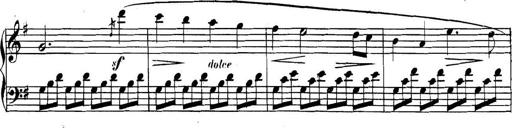
Title: Collected Piano Sonatas
Composer: Muzio Clementi